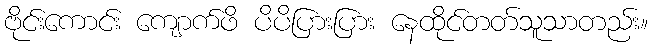
ဗိုင်းကောင်း ကျောက်ဖိ ပိပိပြားပြား နေထိုင်တတ်သူသာတည်း။